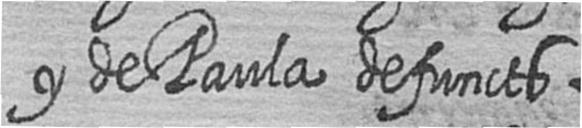
y de Paula defuncts